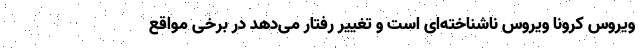
ویروس کرونا ویروس ناشناخته‌ای است و تغییر رفتار می‌دهد در برخی مواقع